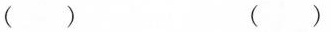
( ) ( )